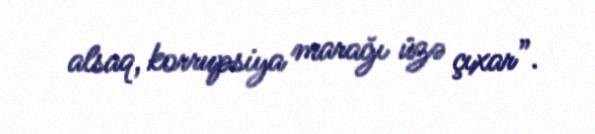
alsaq, korrupsiya marağı üzə çıxar”.